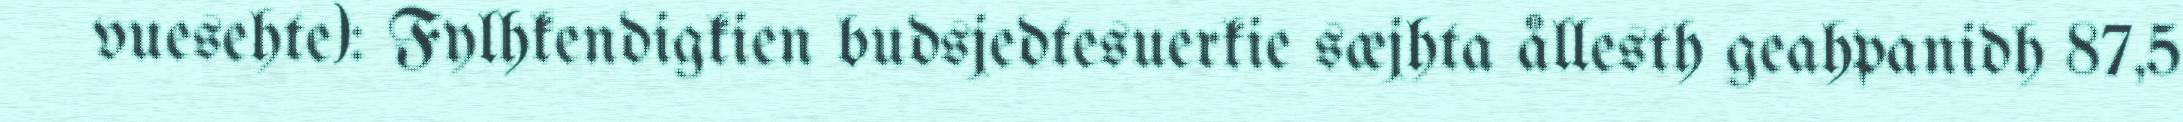
vuesehte): Fylhkendigkien budsjedtesuerkie sæjhta ållesth geahpanidh 87,5